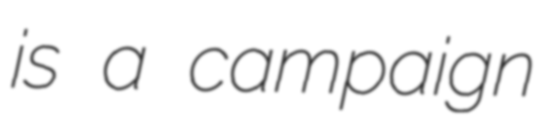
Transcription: is a campaign